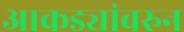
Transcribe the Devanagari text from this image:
आकड्यांवरुन